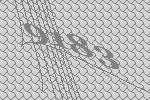
9183